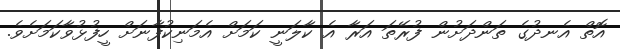
އޮތް އެނދުގެ ތަންދަށުން ފުރޭތަ އަރާ އެ ކާލަނީ ކަމަށް އެމަނިކުފާނަށް ހީފުޅުވާކަމަށެވެ.